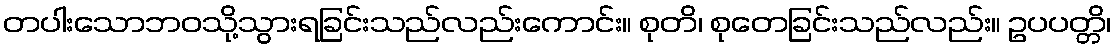
တပါးသောဘဝသို့သွားရခြင်းသည်လည်းကောင်း။ စုတိ၊ စုတေခြင်းသည်လည်း။ ဥပပတ္တိ၊